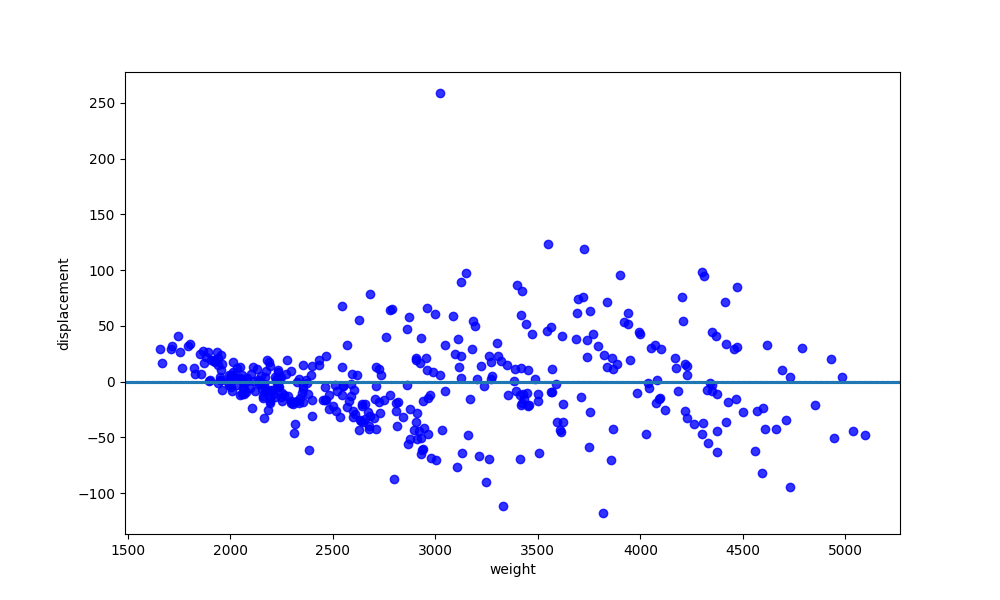
python, seaborn, residplot, lowess=True, scatter_color=blue